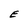
Character: E